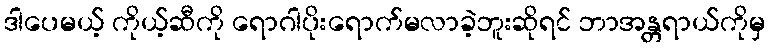
ဒါပေမယ့် ကိုယ့်ဆီကို ရောဂါပိုးရောက်မလာခဲ့ဘူးဆိုရင် ဘာအန္တရာယ်ကိုမှ